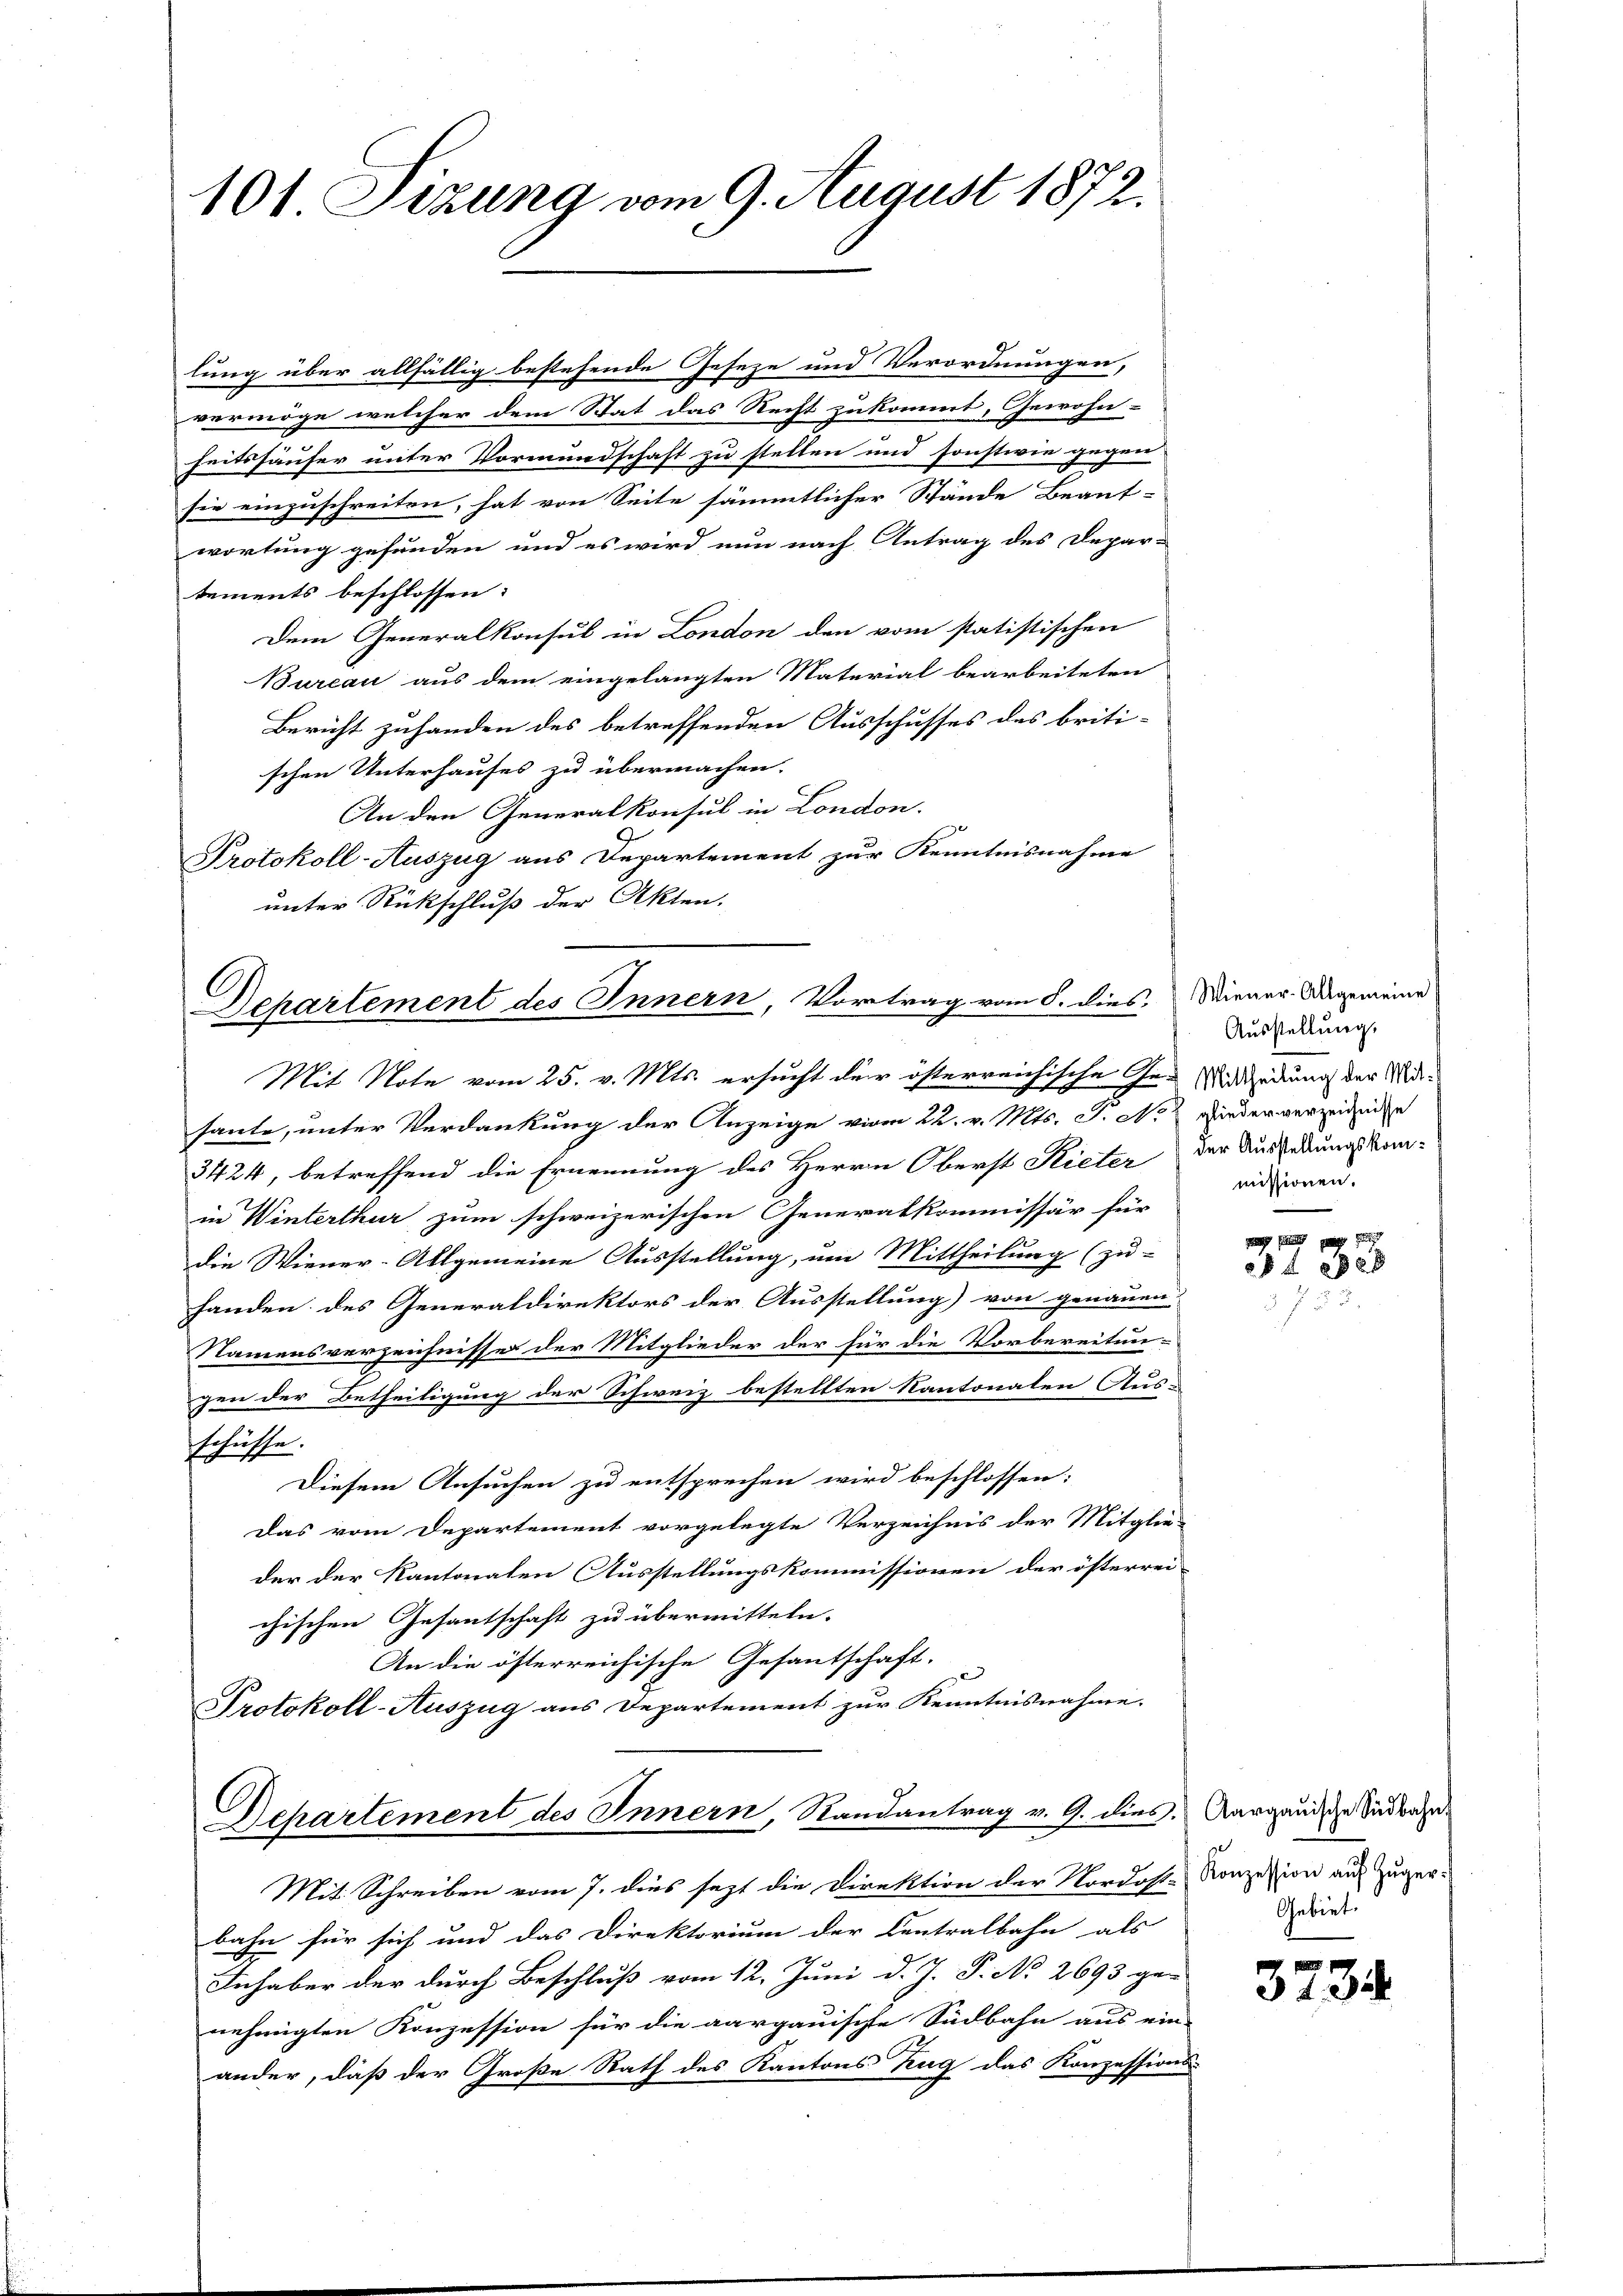
101 Sizung vom 9. August 1872.

lung über allfällig bestehende Geseze und Verordnungen,
vermöge welcher dem Stat das Recht zukommt, Gewohn-
heitshäufer unter Vormundschaft zu stellen und sonstwie gegen
sie einzuschreiten, hat von Seite sämmtlicher Stände Beant-
wortung gefunden und es wird nun nach Antrag des Depar-
tements beschlossen:
Dem Generalkonsul in London den vom statistischen
Bureau aus dem eingelangten Naterial bearbeiteten
Bericht zuhanden des betreffenden Ausschusses des briti-
schen Unterhauses zu übermachen.
An den Generalkonsul in London.
Protokoll-Auszug aus Departement zur Kenntnisnahme
unter Rückschluß der Akten.
Mit Note vom 25. v. Mts. ersucht der österreichische Ge- Riedlung der Widhaute, unter Verdankung der Anzeige vom 22. v. Mts. J. No 2 wiederverzeitige
3424, betreffend die Ernennung des Herrn Oberst Kieler der Ausserungskomin Winterthur zum schweizerischen Generalkommissär für
die Wiener-Allgemeine Ausstellung, um Mittheilung (zu-
handen des Generaldirektors der Ausstellung) von genauen
Namensverzeichnisse der Mitglieder der für die Vorbereitun-
gen der Betheiligung der Schweiz bestellten Kantonalen Aus-
Ersuchen.
Diesem Ansuchen zu entsprechen wird beschlossen:
Das vom Departement vorgelegte Verzeichnis der Mitglie-
der der Kantonalen Ausstellungskommissionen der österrei
chischen Gesantschaft zu übermitteln.
An die österreichische Gesantschaft.
Protokoll-Auszug aus Departement zur Kenntnisnahme.
Dehartement des Innern, Randantrag v. 9. dies.
Mit Schreiben vom 7. dies sezt die Direktion der Nordost- Konzesion aus zugerbahn für sich und das Direktorium der Centralbahn als
Inhaber der durch Beschluß vom 12. Juni d. J. J. No 2693 ge-
nehmigten Konzession für die aargauische Südbahn aus ein-
ander, daß der Große Rath des Kantons Zug das Konzessions-

Dchartement des Innern, Vortrag vom 8. dies. Wiener Angemeine

Ausstellung.
missionen.

xxx

Aargauische Südbahn.
Gebiet.

373.